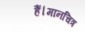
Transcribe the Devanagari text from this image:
हैं।मानचित्र